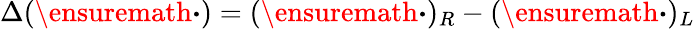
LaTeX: \Delta(\ensuremath{\boldsymbol{\cdot}})=(\ensuremath{\boldsymbol{\cdot}})_{R}-(\ensuremath{\boldsymbol{\cdot}})_{L}